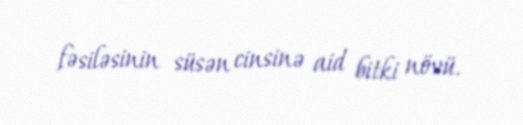
fəsiləsinin süsən cinsinə aid bitki növü.